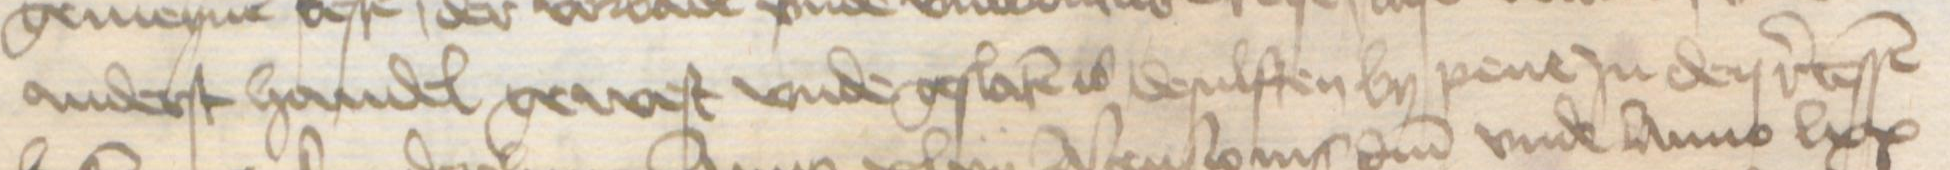
anderst handel gewest vnde geslaten is desulften by pene Jn den recessen